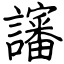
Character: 讅